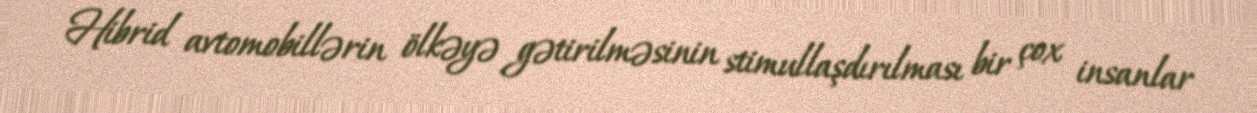
Hibrid avtomobillərin ölkəyə gətirilməsinin stimullaşdırılması bir çox insanlar